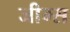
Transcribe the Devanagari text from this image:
जीम्स